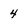
Character: 4